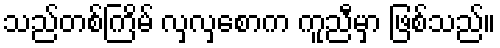
သည်တစ်ကြိမ် လှလှစောက ကူညီမှာ ဖြစ်သည်။